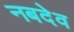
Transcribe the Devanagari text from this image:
नबदेव